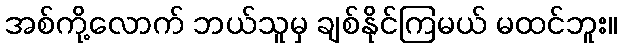
အစ်ကို့လောက် ဘယ်သူမှ ချစ်နိုင်ကြမယ် မထင်ဘူး။